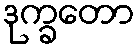
ဒုက္ခတော